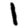
Digit: 1